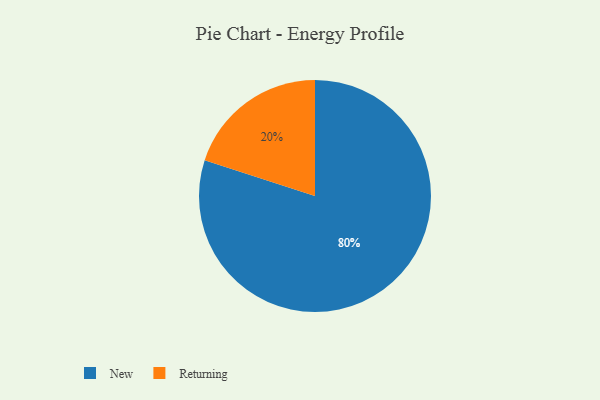
{"axis": {"x": "Category", "y": "Percentage"}, "legend": ["New", "Returning"], "data": [{"x": "New", "y": 80, "type": "New"}, {"x": "Returning", "y": 20, "type": "Returning"}]}